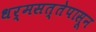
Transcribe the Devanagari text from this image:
धर्मसत्तेपासून